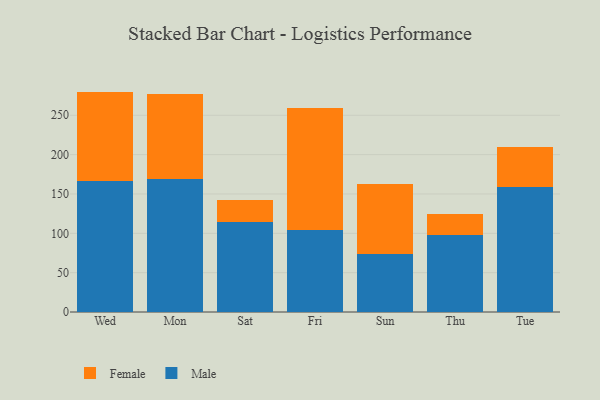
{"axis": {"x": "Day", "y": "Revenue (USD Million)"}, "legend": ["Female", "Male"], "data": [{"x": "Wed", "y": 166.6, "type": "Male"}, {"x": "Wed", "y": 113.5, "type": "Female"}, {"x": "Mon", "y": 168.4, "type": "Male"}, {"x": "Mon", "y": 108.5, "type": "Female"}, {"x": "Sat", "y": 114.4, "type": "Male"}, {"x": "Sat", "y": 27.7, "type": "Female"}, {"x": "Fri", "y": 104.4, "type": "Male"}, {"x": "Fri", "y": 154.3, "type": "Female"}, {"x": "Sun", "y": 73.1, "type": "Male"}, {"x": "Sun", "y": 89.7, "type": "Female"}, {"x": "Thu", "y": 97.4, "type": "Male"}, {"x": "Thu", "y": 27.3, "type": "Female"}, {"x": "Tue", "y": 159.5, "type": "Male"}, {"x": "Tue", "y": 49.8, "type": "Female"}]}